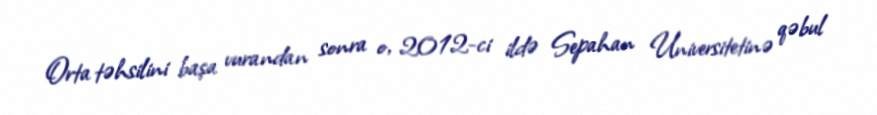
Orta təhsilini başa vurandan sonra o, 2012-ci ildə Sepahan Universitetinə qəbul